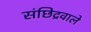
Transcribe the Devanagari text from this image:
संछिद्रवाले